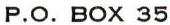
P.O. BOX 35